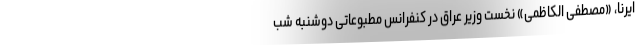
ایرنا، «مصطفی الکاظمی» نخست وزیر عراق در کنفرانس مطبوعاتی دوشنبه شب